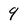
Character: 9